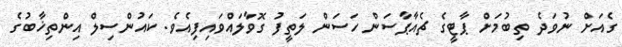
ގެއަށް ނުވަދެ ތިބުމަށް ޕާޓީގެ ޗެއާޕާސަން ހަސަން ލަތީފު ގޮވާލައްވައިފިއެވެ. ކައުންސިލް އިންތިޚާބުގެ